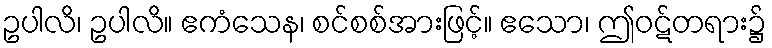
ဥပါလိ၊ ဥပါလိ။ ဧကံသေန၊ စင်စစ်အားဖြင့်။ ဧသော၊ ဤဝဋ်တရား၌